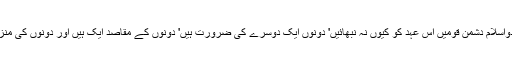
دنیا کی یہ دواسلام دشمن قومیں اس عہد کو کیوں نہ نبھائیں' دونوں ایک دوسرے کی ضرورت ہیں' دونوں کے مقاصد ایک ہیں اور دونوں کی منزل ایک ہے!